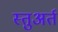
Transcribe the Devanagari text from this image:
स्तुअर्त